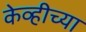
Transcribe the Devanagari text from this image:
केव्हीच्या